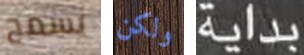
يسمح ولكن بداية